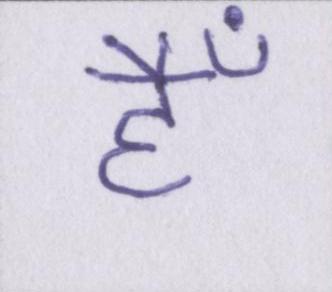
हैँ